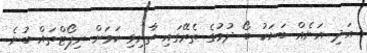
އަދި އަނެއް ބަޔަކު ބޯ ދުމުގެ ތެރޭގައި ތާށިވި ކަމަށް ރިޕޯޓްތައް ބުނެ